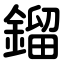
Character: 鎦